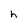
Character: h